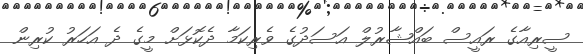
ސީރިއާގެ ރައީސް ބައްޝާރުލް އަސަދުގެ ވެރިކަމާ ދެކޮޅަށް މީގެ ދެ އަހަރު ކުރިން